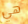
هي